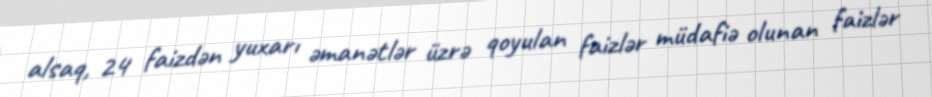
alsaq, 24 faizdən yuxarı əmanətlər üzrə qoyulan faizlər müdafiə olunan faizlər